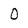
Character: 0